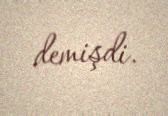
demişdi.